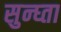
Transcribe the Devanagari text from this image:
सुन्घ्ता